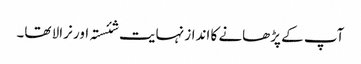
آپ کے پڑھانے کا انداز نہایت شئستہ اور نرالا تھا۔